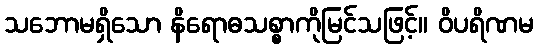
သဘောမရှိသော နိရောဓသစ္စာကိုမြင်သဖြင့်။ ဝိပရိဏမ